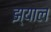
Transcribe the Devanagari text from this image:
झ्याल